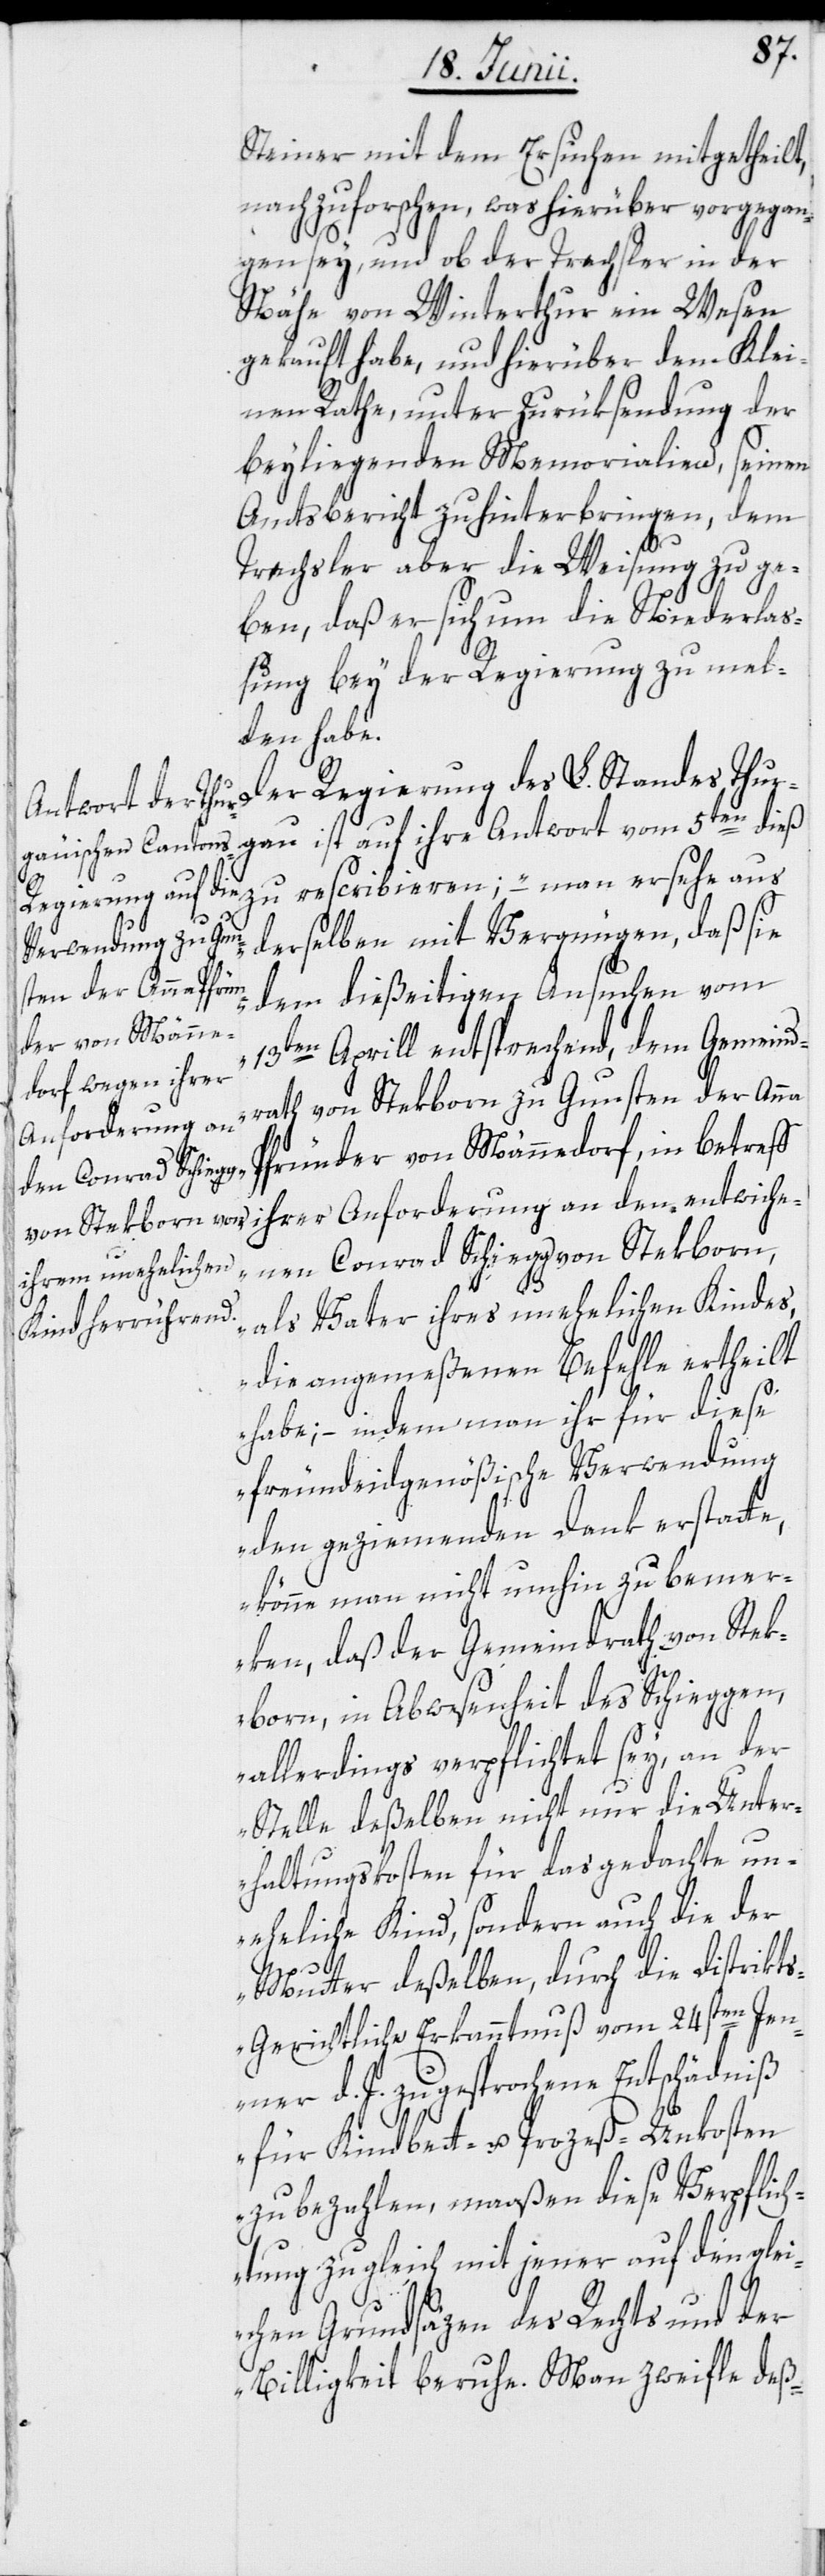
Steiner mit dem Ersuchen mitgetheilt,
nachzuforschen, was hierüber vorgegan¬
gen sey, und ob der Trechsler in der
Nähe von Winterthur ein Wesen
gekauft habe, und hierüber dem Klei¬
nen Rathe, unter Zurüksendung der
beyliegenden Memorialien, seinen
Amtsbericht zu hinterbringen, dem
Trechsler aber die Weisung zu ge¬
ben, daß er sich um die Niederla¬
ßung bey der Regierung zu mel¬
den habe.
Der Regierung des L. Standes Thur¬
gau ist auf ihre Antwort vom 5ten dieß
zu rescribieren; – „man ersehe aus
derselben mit Vergnügen, daß sie
dem dießeitigen Ansuchen vom
Aprill entsprechend, dem Gemeind¬
13ten
rath von Stekborn zu Gunsten der Anna
Pfründer von Männedorf, in betreff
ihrer Anforderung an den entwiche¬
nen Conrad Schiegg von Stekborn,
als Vater ihres unehelichen Kindes,
die angemeßenen Befehle ertheilt
habe; – indem man ihr für diese
freundeidgenößische Verwendung
den geziemenden Dank erstatte,
könne man nicht umhin zu bemer¬
ken, daß der Gemeindrath von Stek¬
born, in Abwesenheit des Schieggen,
allerdings verpflichtet sey, an der
Stelle deßelben nicht nur die Unter¬
haltungskosten für das gedachte un¬
eheliche Kind, sondern auch die der
Mutter deßelben, durch die distrikt¬
sgerichtliche Erkanntnuß vom 24sten Jen¬
ner d. J. zugesprochene Entschädniß
für Kindbett- u. Prozeß-Unkosten
zu bezahlen, maaßen diese Verpflich¬
tung zugleich mit jener auf den gle¬
ichen Grundsäzen des Rechts und der
Billigkeit beruhe. Man zweifle deß-